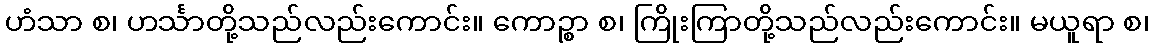
ဟံသာ စ၊ ဟင်္သာတို့သည်လည်းကောင်း။ ကောဉ္စာ စ၊ ကြိုးကြာတို့သည်လည်းကောင်း။ မယူရာ စ၊